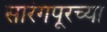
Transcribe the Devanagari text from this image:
सारंगपूरच्या